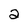
Character: 2